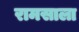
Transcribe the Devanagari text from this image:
रामसाला